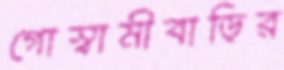
গোস্বামীবাড়ির